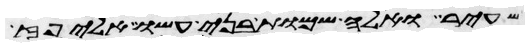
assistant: שעיר ואלה שמות בני עשו אליפז